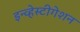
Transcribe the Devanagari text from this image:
इन्व्हेस्टीगेशन